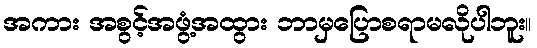
အကား အစွင့်အဖွံ့အထွား ဘာမှပြောစရာမလိုပါဘူး။